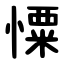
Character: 憟